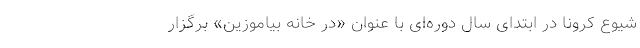
شیوع کرونا در ابتدای سال دوره‌ای با عنوان «در خانه بیاموزین» برگزار